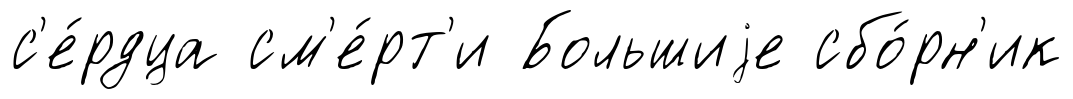
с'е́рдца см'е́рт'и Большиjе сбо́рн'ик